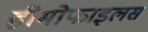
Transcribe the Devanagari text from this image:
हीमोफाइलस